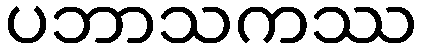
ပဘာသကဿ